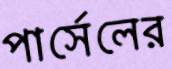
পার্সেলের